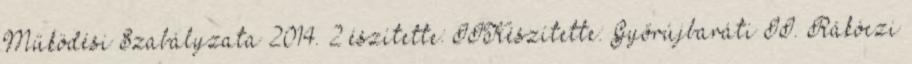
Működési Szabályzata 2014. 2 észítette: IIKészítette: Győrújbaráti II. Rákóczi